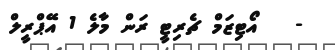
-   އޯޓިޒަމް ޗެރިޓީ ރަން މާލެ 1 އޭޕްރީލް